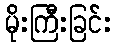
မိုးကြီးခြင်း